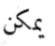
يمكن